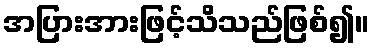
အပြားအားဖြင့်သိသည်ဖြစ်၍။